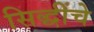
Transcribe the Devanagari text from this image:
सिद्धींचे